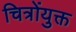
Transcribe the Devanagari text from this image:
चित्रोंयुक्त